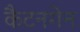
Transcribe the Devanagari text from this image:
कैटनगेन